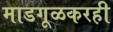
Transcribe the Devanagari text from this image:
माडगूळकरही